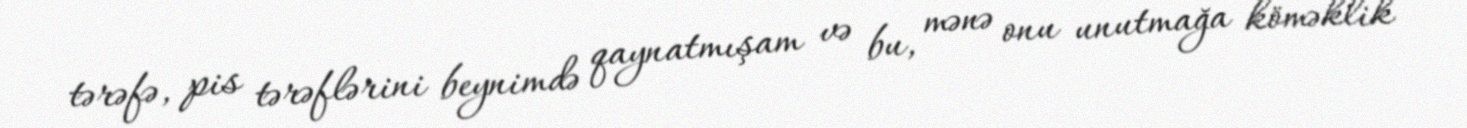
tərəfə, pis tərəflərini beynimdə qaynatmışam və bu, mənə onu unutmağa köməklik